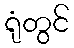
ရုံတွင်